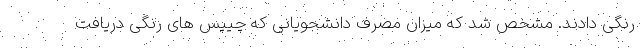
رنگی دادند. مشخص شد که میزان مصرف دانشجویانی که چیپس های رنگی دریافت